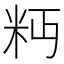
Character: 𥸴